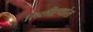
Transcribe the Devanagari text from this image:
लिलीएथांल